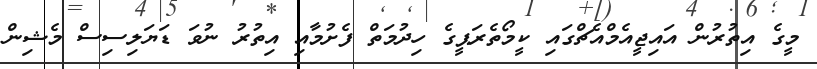
މީގެ އިތުރުން އައިޖީއެމްއެޗްގައި ކީމޯތެރަޕީގެ ހިދުމަތް ފެށުމާއި އިތުރު ނުވަ ޑަޔަލިސިސް މެޝިން